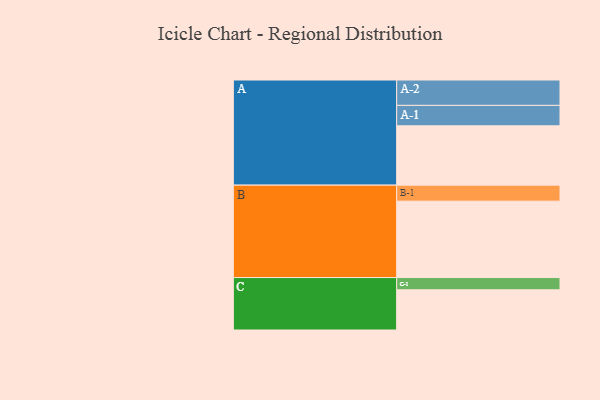
{"axis": {"x": "Segment", "y": "Value"}, "legend": ["", "A", "B", "C"], "data": [{"x": "A", "y": 456, "type": ""}, {"x": "B", "y": 587, "type": ""}, {"x": "C", "y": 309, "type": ""}, {"x": "A-1", "y": 157, "type": "A"}, {"x": "A-2", "y": 195, "type": "A"}, {"x": "B-1", "y": 123, "type": "B"}, {"x": "C-1", "y": 94, "type": "C"}]}